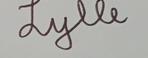
Signature authenticity: genuine